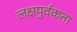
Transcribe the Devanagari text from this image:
लक्षपुर्वकता